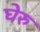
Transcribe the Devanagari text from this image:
घेरु